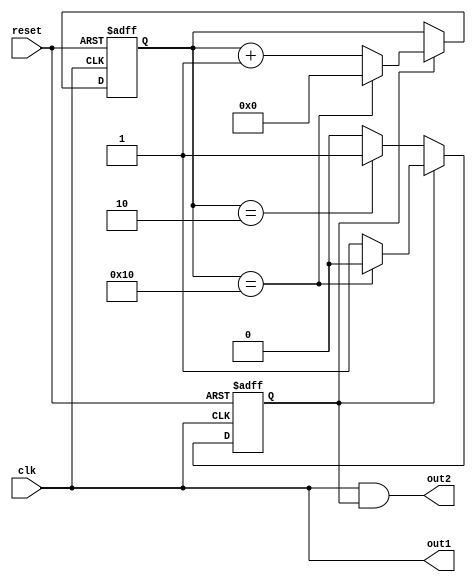
module dual_modulus_clock_divider(input wire clk,
                                    input wire reset,
                                    output wire out1,
                                    output wire out2);

reg [4:0] count;
reg toggle;

always @(posedge clk or posedge reset) begin
    if (reset) begin
        count <= 5'b0;
        toggle <= 1'b0;
    end else begin
        if (toggle) begin
            if (count == 5'b10000) begin
                count <= 5'b0;
                toggle <= 1'b0;
            end else begin
                count <= count + 1;
            end
        end else begin
            if (count == 5'b10) begin
                toggle <= 1'b1;
            end
        end
    end
end

assign out1 = clk;
assign out2 = out1 & toggle;

endmodule